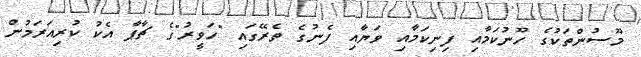
މޫސުންތަކުގެ ހޫނުކަމާއި ފިނިކަމާއި ވަޔާއި ފެނުގެ ތެރޭގައި "ހަވީރު"ގެ ޗާޕާ އެކު ކުރިއަރަމުން